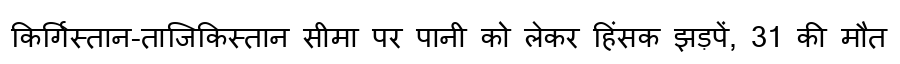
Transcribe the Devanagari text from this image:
किर्गिस्तान-ताजिकिस्तान सीमा पर पानी को लेकर हिंसक झड़पें, 31 की मौत